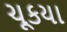
ચૂકયા